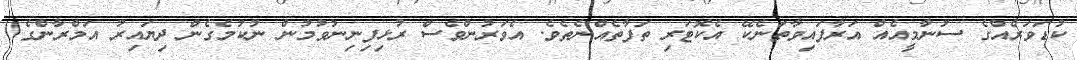
ކުޑަވަރެއްގެ ސުނާމީއެއް އަރާފައިވާތަނެކޭ އެކޮޓަރި ތަފާތެއްނެތެވެ. އެވަރުންވެސް ރުޅިފިނިނުވުމުން ނުކުމެގެން ދިޔައިރު އަމްރާންގެ